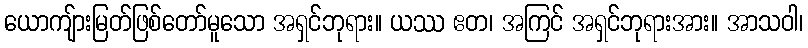
ယောကျ်ားမြတ်ဖြစ်တော်မူသော အရှင်ဘုရား။ ယဿ ဧတ၊ အကြင် အရှင်ဘုရားအား။ အာသဝါ၊